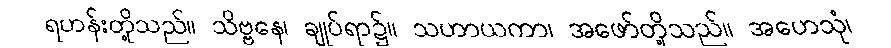
ရဟန်းတို့သည်။ သိဗ္ဗနေ၊ ချုပ်ရာ၌။ သဟာယကာ၊ အဖော်တို့သည်။ အဟေသုံ၊